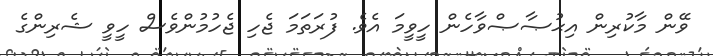
ވޭން މާކުރިން އިޙުޞާޞްވާހެން ހީވީމަ އެވެ. ފުރަތަމަ ޖެހި ޖެހުމުންވެސް ހީވީ ޝެރިންގެ